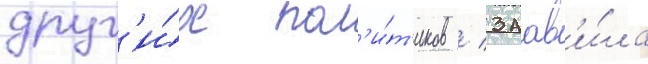
друг'и́х пол'и́т'иков / заав'и́ла